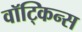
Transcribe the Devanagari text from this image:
वॉट्किन्स